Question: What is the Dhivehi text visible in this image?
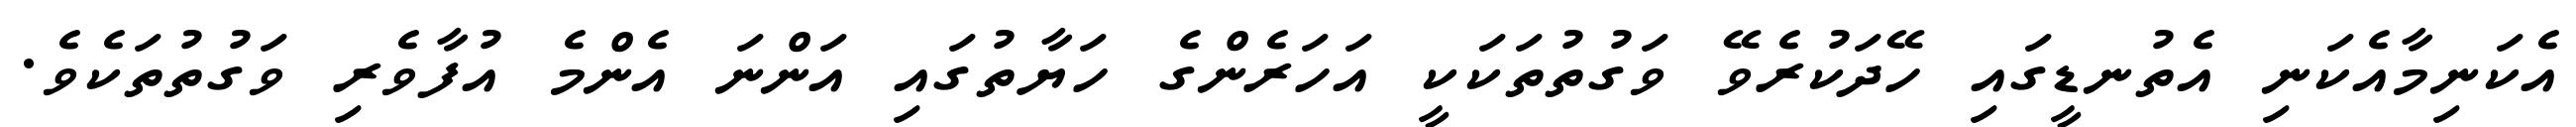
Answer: އެކަނިމާއެކަނި އެތުނޑީގައި ހޭދަކުރެވޭ ވަގުތުތަކަކީ އަހަރެންގެ ހަޔާތުގައި އަންނަ އެންމެ އުފާވެރި ވަގުތުތަކެވެ.